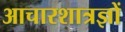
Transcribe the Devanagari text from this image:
आचारशात्रज्ञों